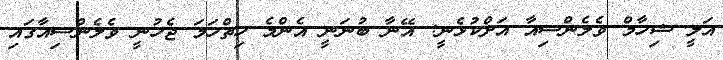
އަލީ ޝިހާމް ވެލެންސިއާ އަށްކުޅެނީ: އޭނާ ބުނަނީ އެންމެ ހިތްހަމަ ޖެހުނީ ވެލެންސިއާގައި